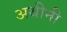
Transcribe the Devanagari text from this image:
अथीनी